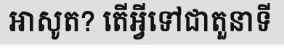
អាសូត? តើអ្វីទៅជាតួនាទី